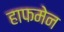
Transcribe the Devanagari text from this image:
हाफमेन